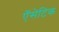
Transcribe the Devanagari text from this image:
ऍसेटिक